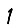
Digit: 1